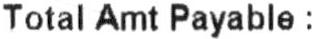
TOTAL AMT PAYABLE :